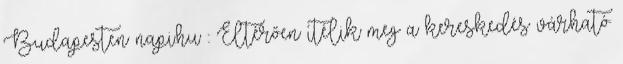
Budapesten napi.hu :: Eltérően ítélik meg a kereskedés várható